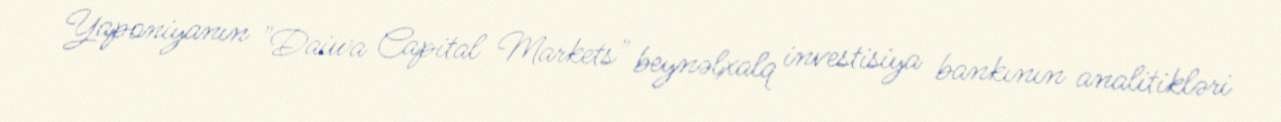
Yaponiyanın "Daiwa Capital Markets" beynəlxalq investisiya bankının analitikləri